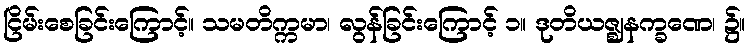
ငြိမ်းစေခြင်းကြောင့်။ သမတိက္ကမာ၊ လွန်ခြင်းကြောင့် ၁။ ဒုတိယဇ္ဈနက္ခဏေ၊ ၌။